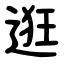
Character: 逛